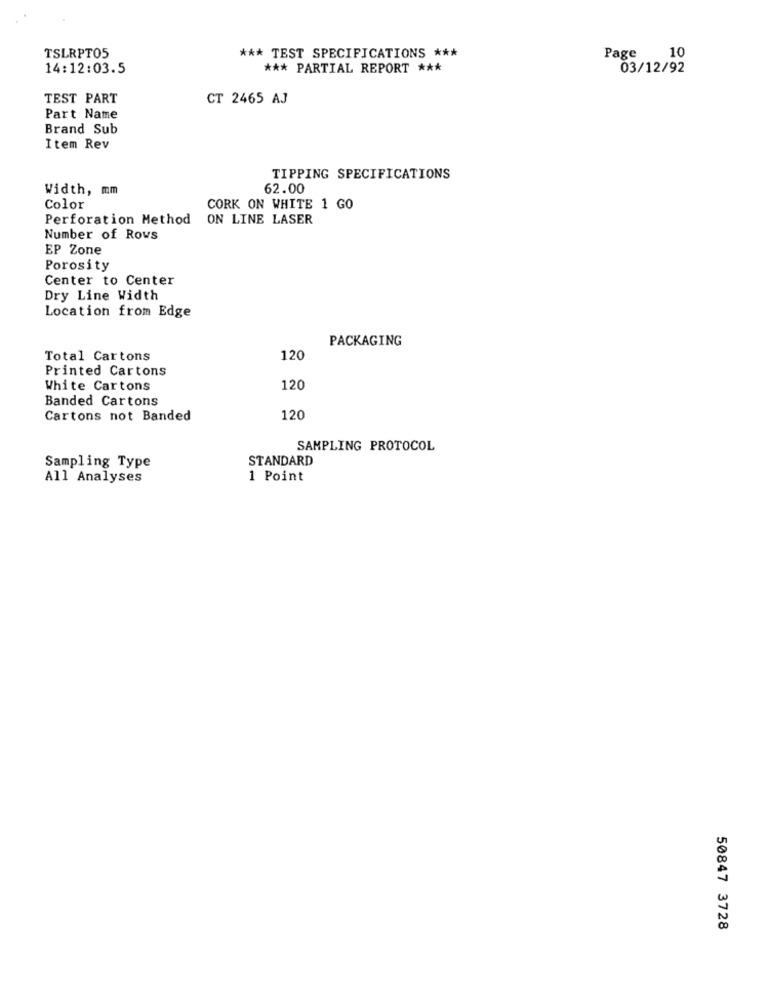
Page
10
TSLRPT05
*** TEST SPECIFICATIONS ***
14:12:03.5
*** PARTIAL REPORT ***
03/12/92
TEST PART
CT 2465 AJ
Part Name
Brand Sub
Item Rev
TIPPING SPECIFICATIONS
Width, mm
62.00
Color
CORK ON WHITE 1 GO
Perforation Method ON LINE LASER
Number of Rows
EP Zone
Porosity
Center to Center
Dry Line Width
Location from Edge
PACKAGING
Total Cartons
120
Printed Cartons
White Cartons
120
Banded Cartons
Cartons not Banded
120
SAMPLING PROTOCOL
STANDARD
Sampling Type
All Analyses
1 Point
50847 3728